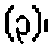
(၃)၊